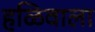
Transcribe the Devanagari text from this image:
हळिवाला